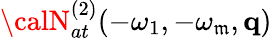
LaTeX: {\calN}_{at}^{(2)}(-\omega_{1},-\omega_{\mathfrak{m}},\mathbf{{q}})